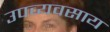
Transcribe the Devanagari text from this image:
उपव्यवसाय